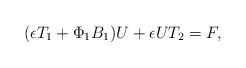
\begin{align*}(\epsilon T_1+ \Phi_1B_1)U+\epsilon UT_2 = F ,\end{align*}